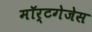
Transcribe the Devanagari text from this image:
मॉर्टगेजेस